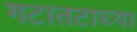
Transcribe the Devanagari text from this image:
गटातटाच्या